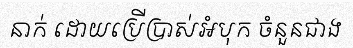
នាក់ ដោយប្រើប្រាស់អំបុក ចំនួនជាង